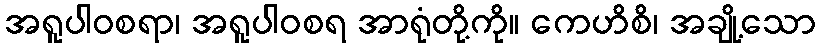
အရူပါဝစရာ၊ အရူပါဝစရ အာရုံတို့ကို။ ကေဟိစိ၊ အချို့သော